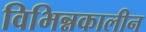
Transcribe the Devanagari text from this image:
विभिन्नकालीन